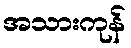
အသားကုန်